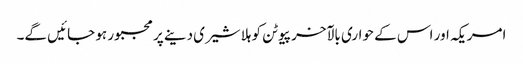
امریکہ اور اس کے حواری بالآخر پیوٹن کو ہلا شیری دینے پر مجبور ہو جائیں گے۔